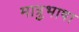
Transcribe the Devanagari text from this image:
मात्रुभाषा